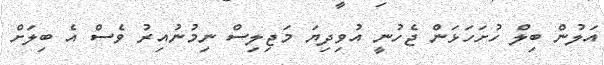
އަލުން ބިލް ހުށަހަޅަން ޖެހުނީ އުވިދިޔަ މަޖިލިސް ނިމުނުއިރު ވެސް އެ ބިލަށް